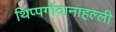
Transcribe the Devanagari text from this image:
थिप्पगोंदानाहल्ली